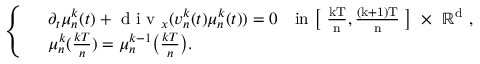
\left\{ \begin{array} { r l } & { \partial _ { t } \mu _ { n } ^ { k } ( t ) + \textnormal { d i v } _ { x } ( v _ { n } ^ { k } ( t ) \mu _ { n } ^ { k } ( t ) ) = 0 \quad \mathrm { i n ~ \big [ ~ \frac { k T } { n } , \frac { ( k + 1 ) T } { n } ~ \big ] ~ \times ~ \mathbb { R } ^ d ~ } , } \\ & { \mu _ { n } ^ { k } ( \frac { k T } { n } ) = \mu _ { n } ^ { k - 1 } \big ( \frac { k T } { n } \big ) . } \end{array} \right.